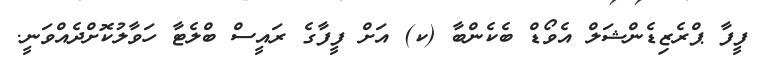
ފީފާ ޕްރެޒިޑެންޝަލް އެވޯޑް ބެކެންބާ (ކ) އަށް ފީފާގެ ރައީސް ބްލެޓާ ހަވާލުކޮށްދެއްވަނީ.